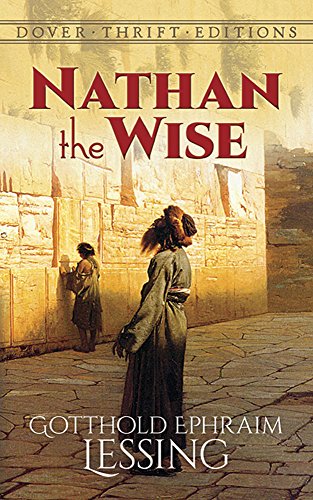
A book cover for Nathan the Wise (Dover Thrift Editions); Gotthold Ephraim Lessing; Literature & Fiction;